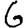
Digit: 6